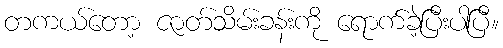
တကယ်တော့ ဇာတ်သိမ်းခန်းကို ရောက်ခဲ့ပြီးပါပြီ။